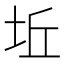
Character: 坵